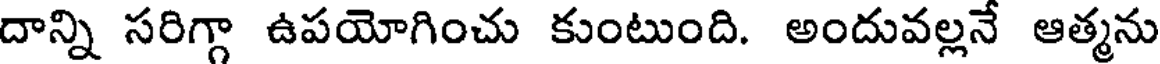
దాన్ని సరిగ్గా ఉపయోగించు కుంటుంది. అందువల్లనే ఆత్మను